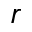
r